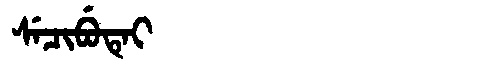
Manchu: ᠰᡝᠴᡳᠪᡠᡨᡝᡳ
Romanization: SECIBUTEI